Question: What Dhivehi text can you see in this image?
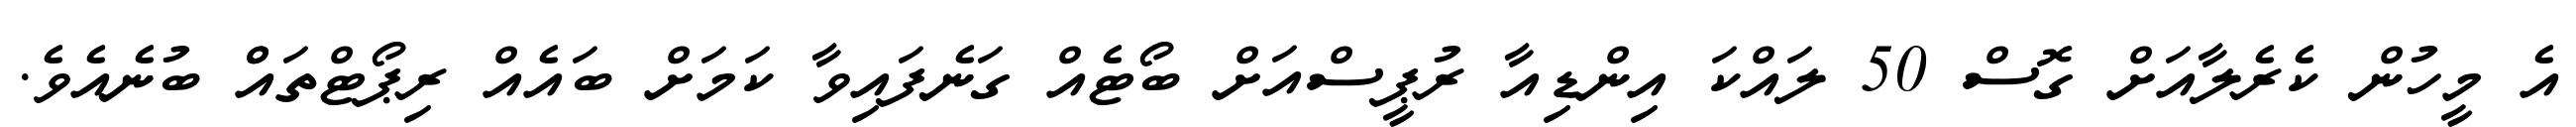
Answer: އެ މީހުން ކެރެލާއަށް ގޮސް 50 ލައްކަ އިންޑިއާ ރުޕީސްއަށް ބޯޓެއް ގަނެފައިވާ ކަމަށް ބައެއް ރިޕޯޓްތައްް ބުނެއެވެ.